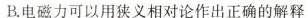
B.电磁力可以用狭义相对论作出正确的解释